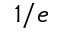
1 / e